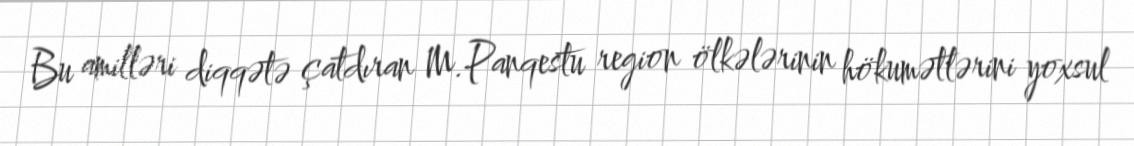
Bu amilləri diqqətə çatdıran M.Panqestu region ölkələrinin hökumətlərini yoxsul